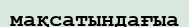
мақсатындағыа